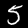
Label: 5